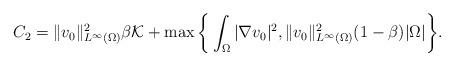
LaTeX: \begin{align*}C_2=\lVert v_0 \rVert_{L^\infty(\Omega)}^2\beta \mathcal{K}+\max\bigg\{\int_\Omega |\nabla v_0|^2,\lVert v_0 \rVert_{L^\infty(\Omega)}^2(1-\beta)\lvert \Omega\rvert\bigg\}.\end{align*}